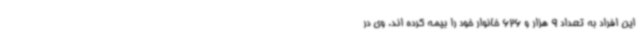
این افراد به تعداد 9 هزار و 626 خانوار خود را بیمه کرده اند. وی در